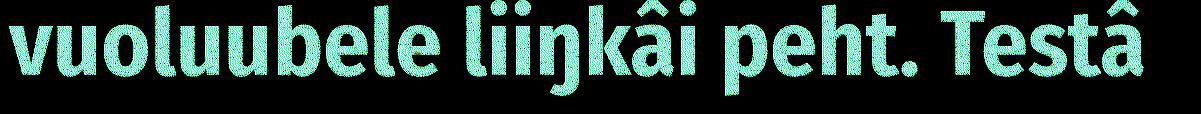
vuoluubele liiŋkâi peht. Testâ